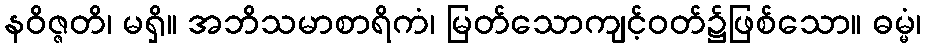
နဝိဇ္ဇတိ၊ မရှိ။ အဘိသမာစာရိကံ၊ မြတ်သောကျင့်ဝတ်၌ဖြစ်သော။ ဓမ္မံ၊